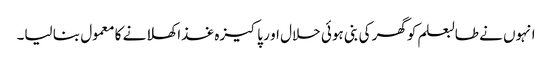
انہوں نے طالبعلم کوگھر کی بنی ہوئی حلال او ر پاکیزہ غذا کھلانے کا معمول بنا لیا۔